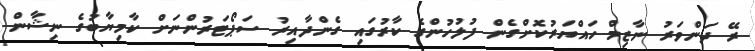
ރޭ ދަންވަރު ނާޒިމް ހައްޔަރުކޮށްގެން ފުލުހުންގެ ކާރުގައި ގެންދާއިރު ސަޕޯޓަރުންނަށް ކާމިޔާބުގެ ނިޝާން